Bréfritari: Þórunn Pálsdóttir
Viðtakandi: Páll Pálsson
Dagsetning: A-1866-01-28
Skrifað á: Eyjólfsstöðum  S-Múl. ?
Páll var bróðir Þórunnar

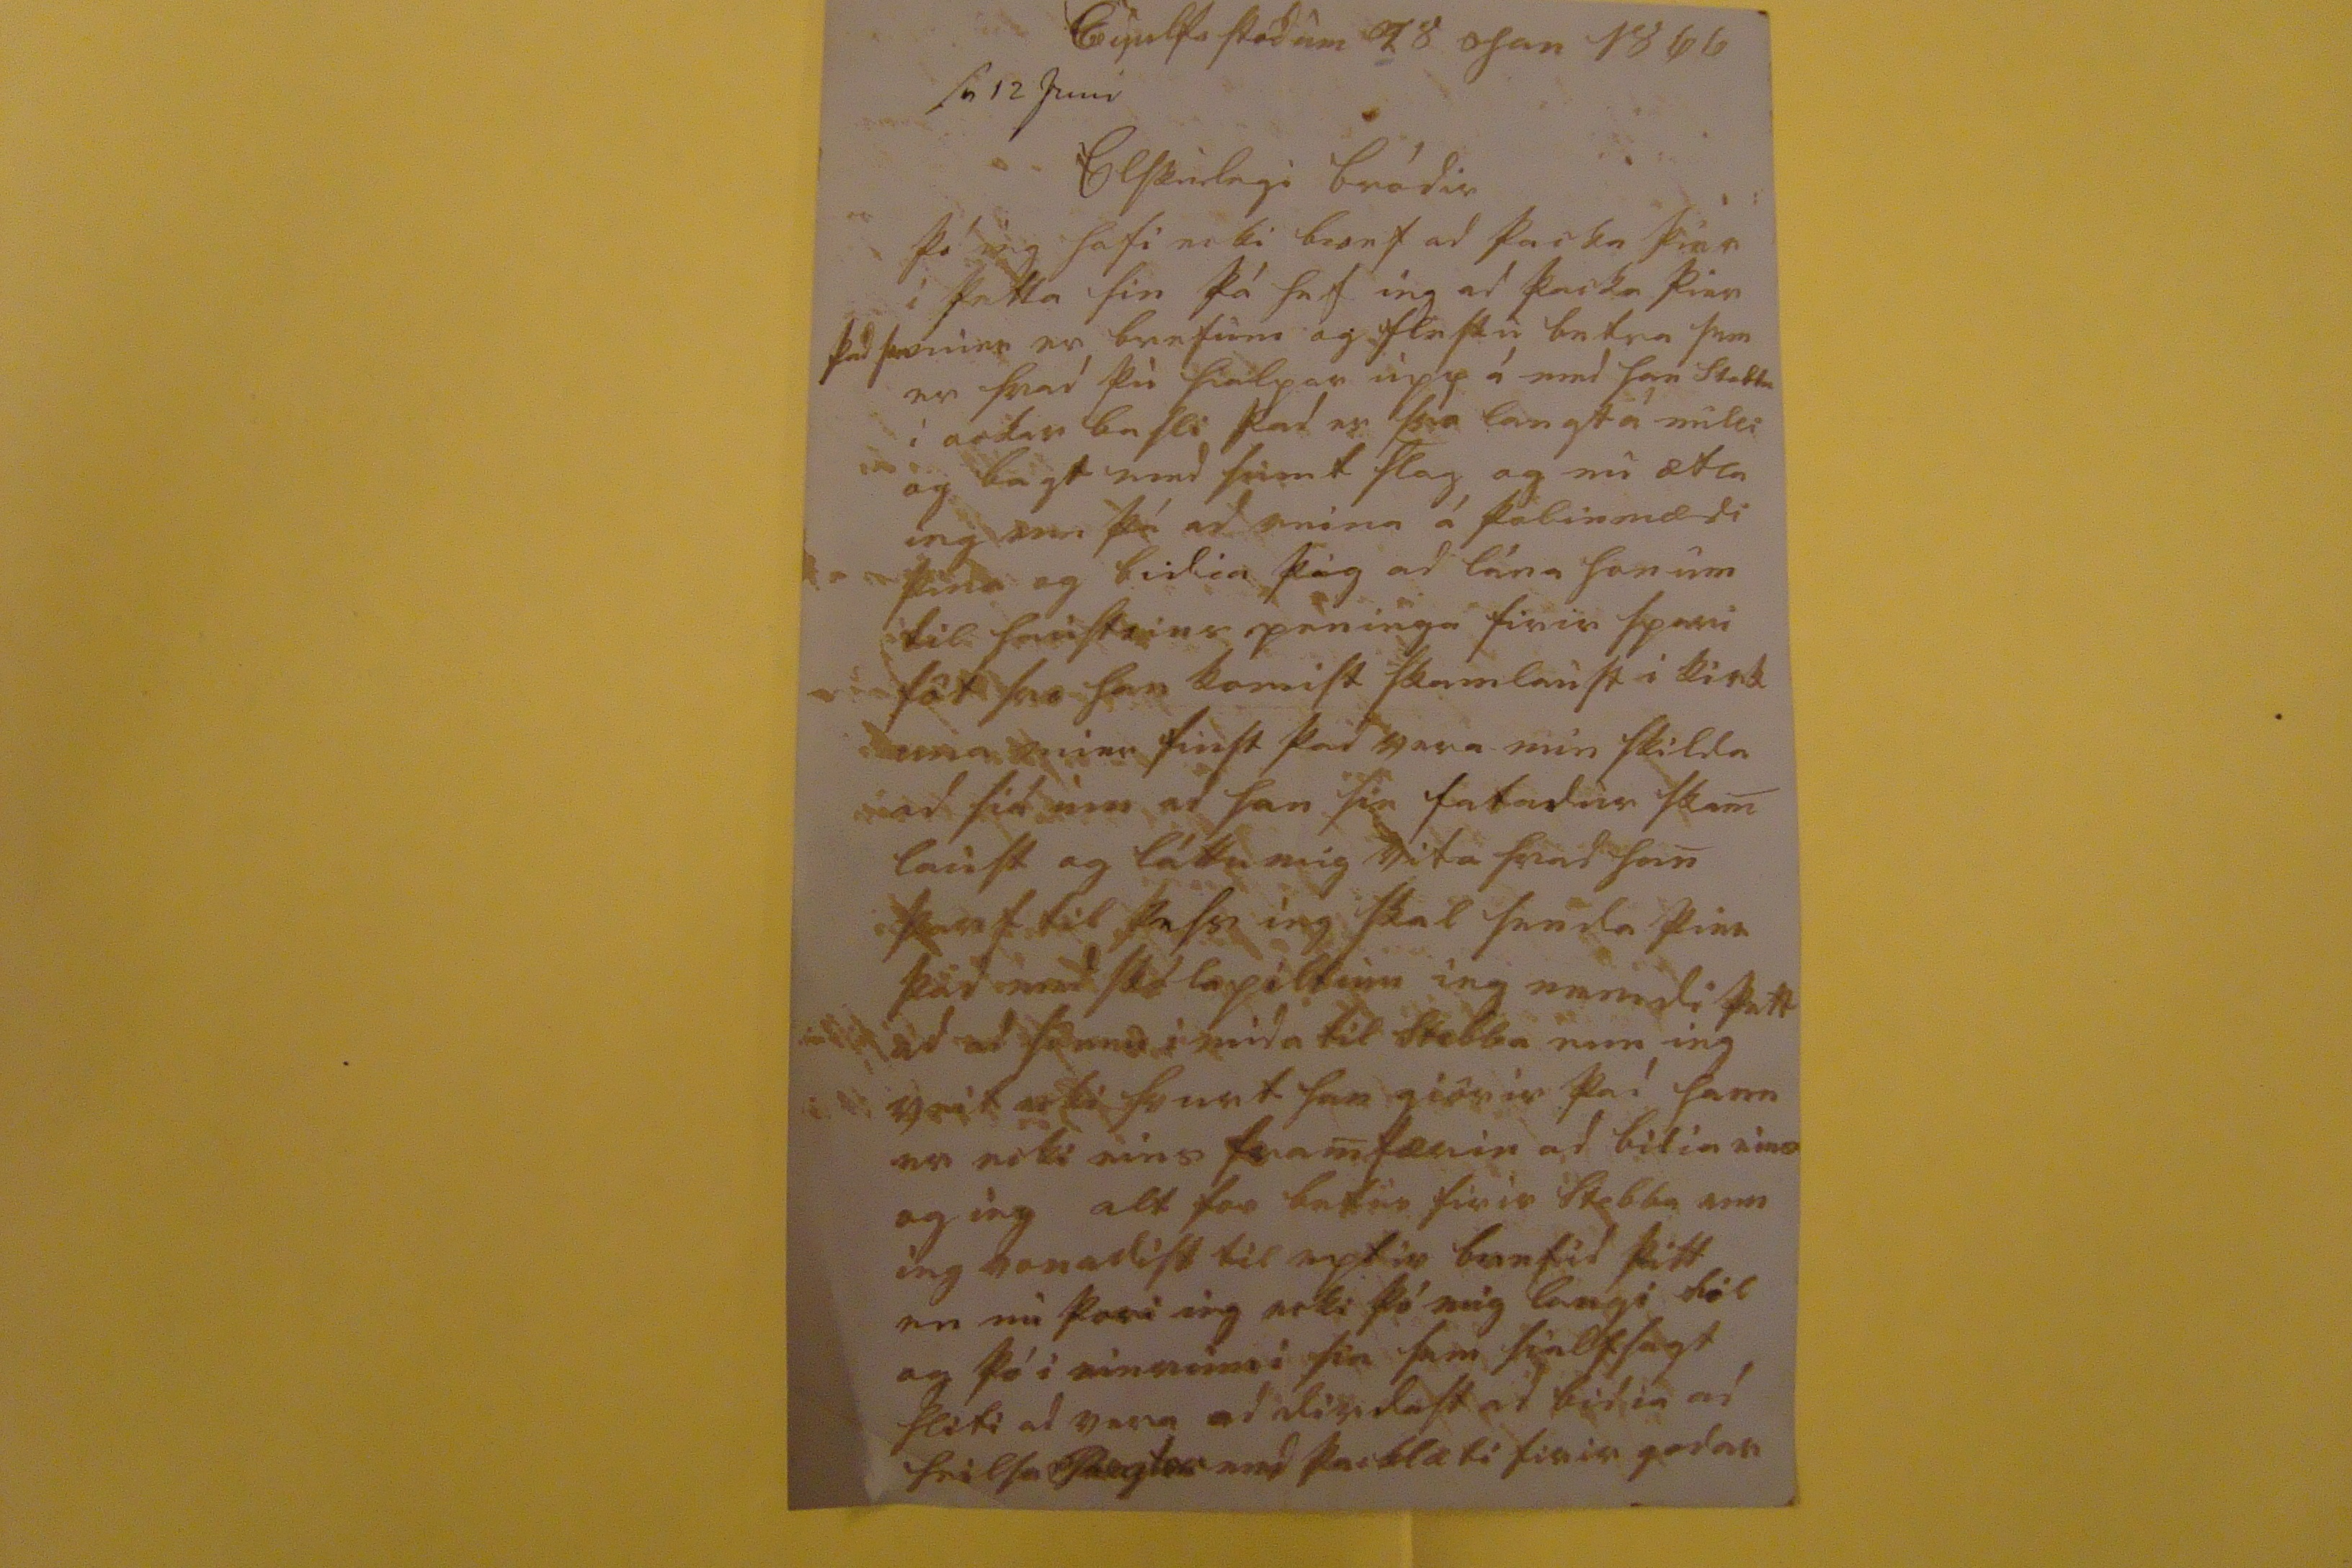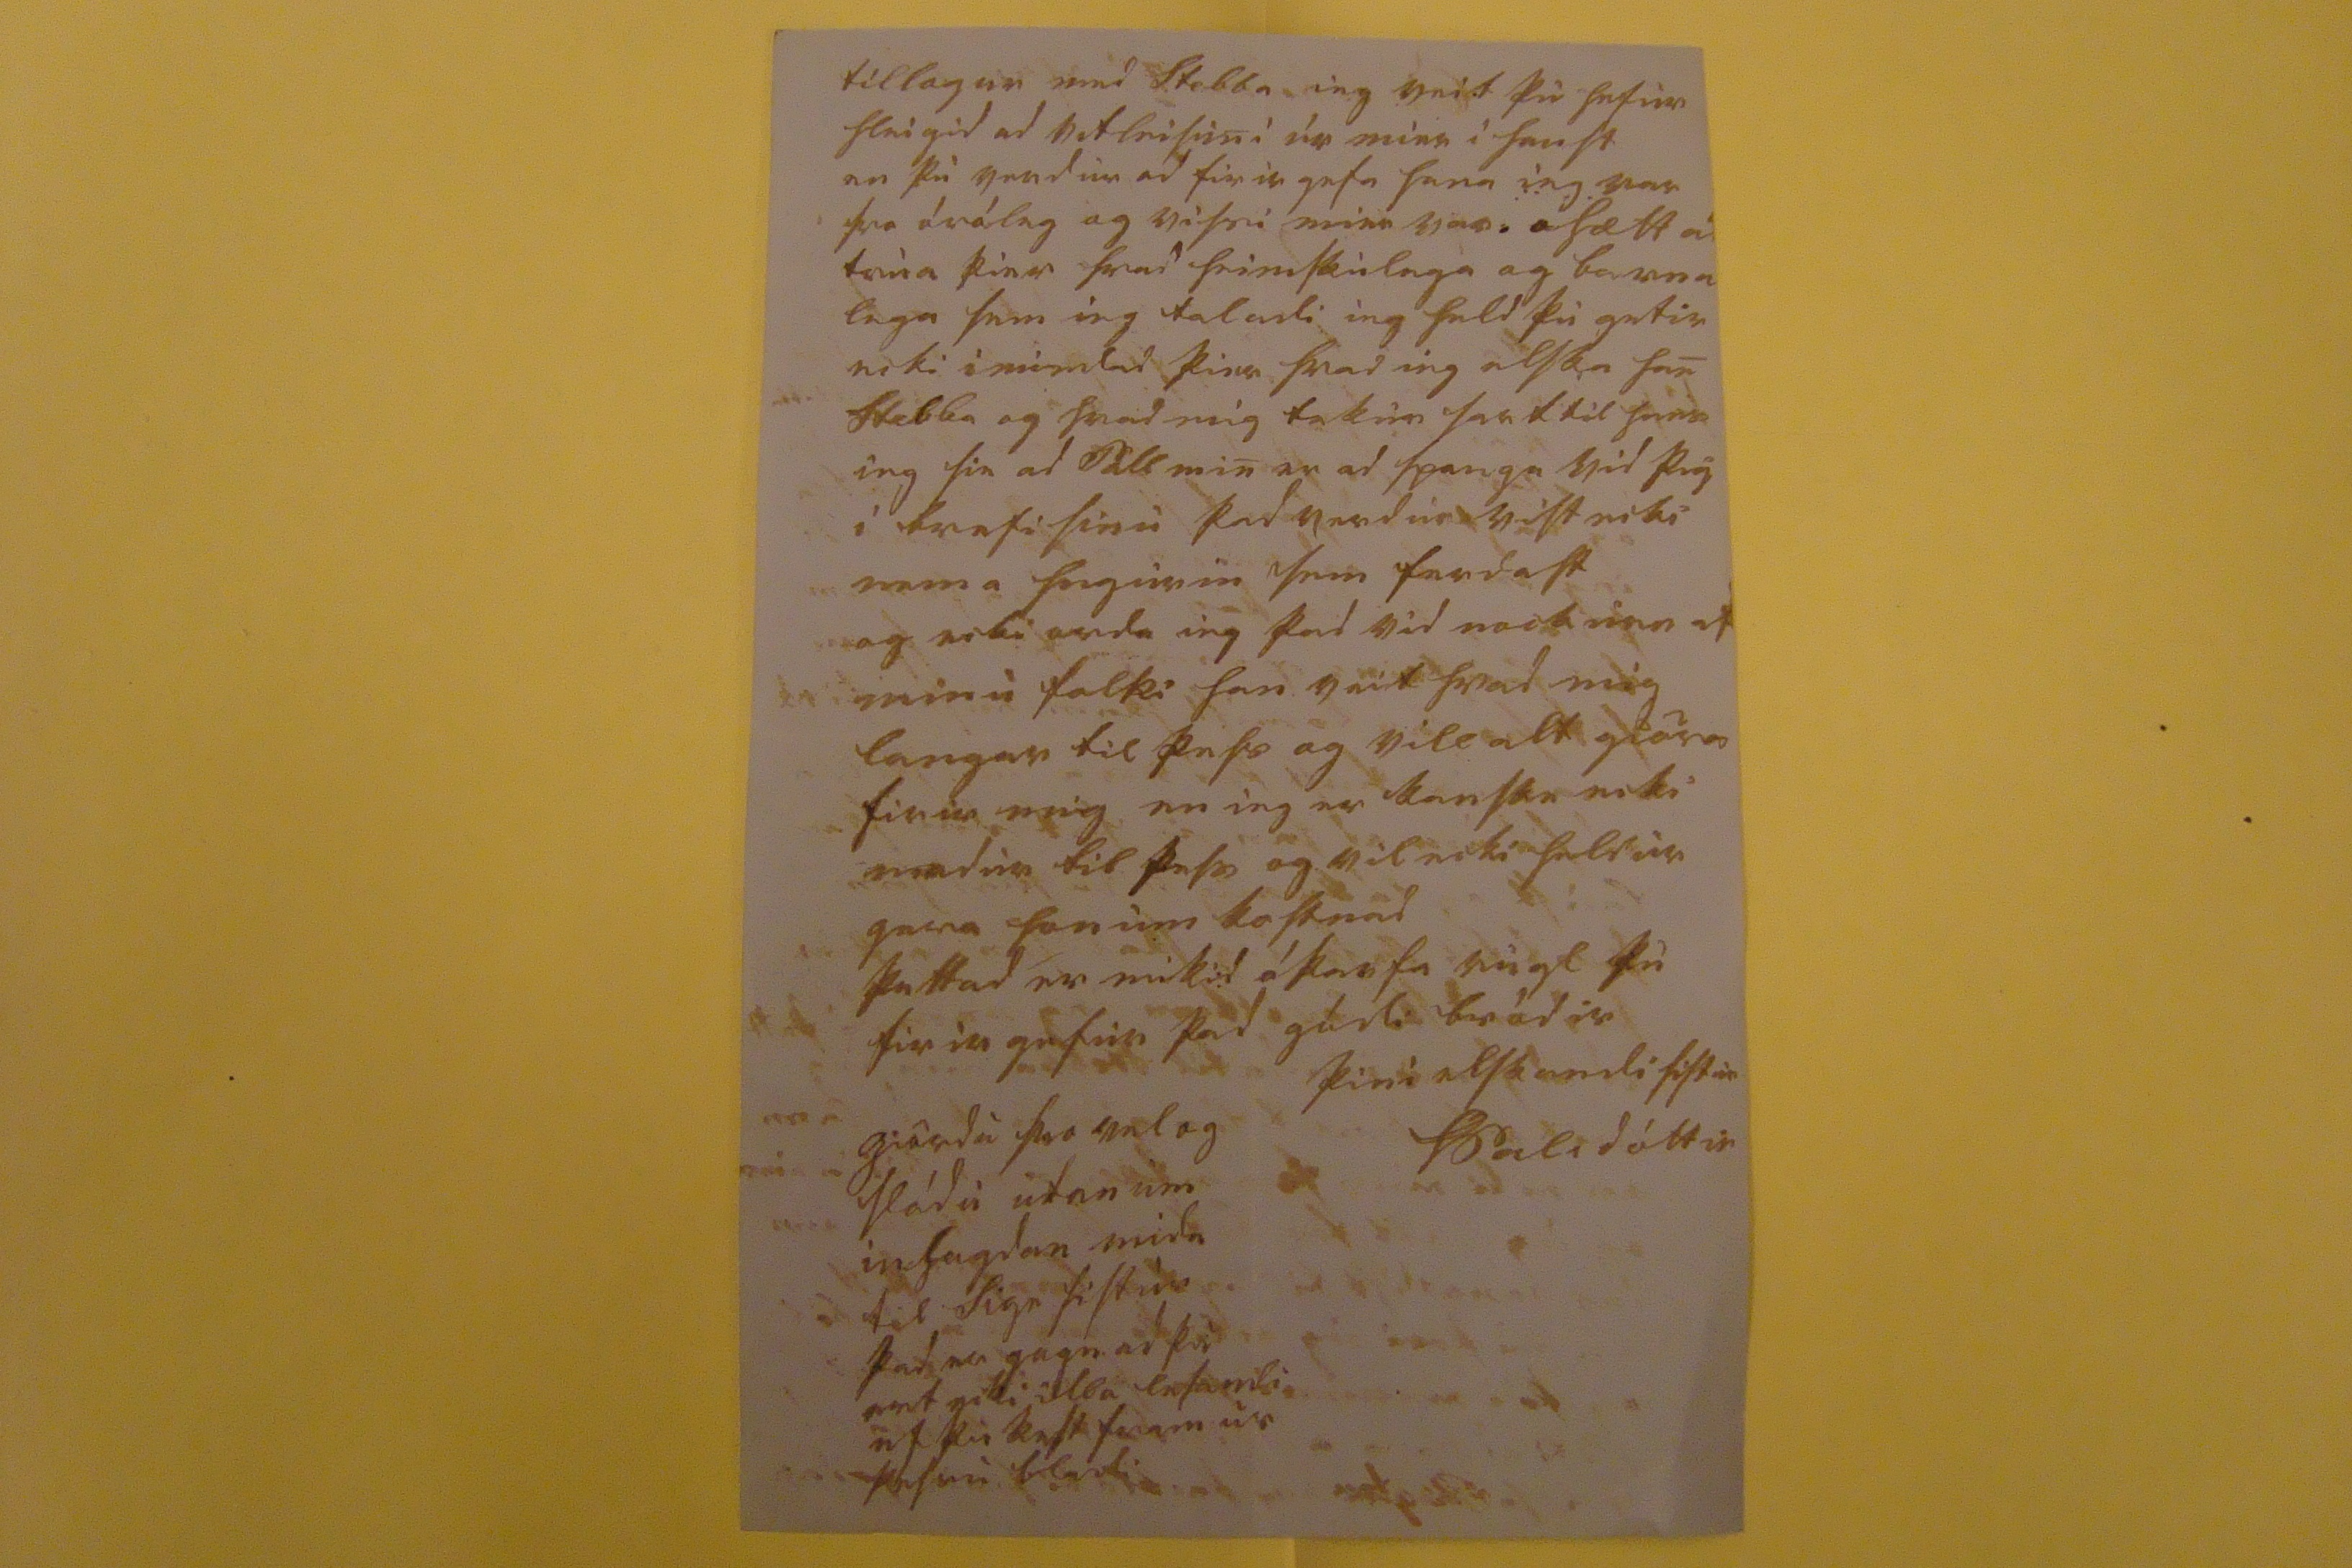

Eijulfsstödum 28 Jan 1866
s0 12 Juni
Elskulegi bródir
þó ieg hafi ecki bref ad þacka þier i þetta sin þá hef ieg ad þacka þier þad
sie
mier er brefum og flestu betra sem er hvad þu hialpar upp á med han Stebba i ockar basli þad er svo langt á milli og bagt med
sumt hla0
og nu ætla ieg enn þá ad reina á þolinmædi þina og bidia þig ad lána honum til haustsins peninga firir spari föt svo han komist skamlaust i kirk iuna mier finst þad vera min skilda ad siá um ad han sie fatadur skam laust og láttu mig vita hvad han þarf til þess ieg skal senda þier þad med
skólapiltum ieg nemdi
þett ad ad sönnu i mida til Stebba enn ieg veit ecki hvurt han giörir þad hann er ecki eins framfærin ad bidia eins og ieg alt for betur firir Stebba enn ieg vonadist til eptir brefid þitt en nu þori ieg ecki þó mig langi til og þó i einrumi sie sem sialfsagt hliti ad vera ad
dirdast
ad bidia ad heilsa
Regtor
med þacklæti firir godar
tillogur med Stebba ieg veit þu hefur hleigid ad vitleisuni ur mier i haust en þu verdur ad firir gefa hana ieg var svo óróleg og vissi mier var óhætt ad trua þier hvad heimskulega og barna lega sem ieg taladi ieg held þu getir ecki imindad þier hvad ieg elska han Stebba og hvad mig tekur sart til hans ieg sie ad Páll min er ad spauga vid þig i brefi sinu þad verdur vist ecki nema hugurin sem ferdast og ecki orda ieg þad vid nockurn af minu folki han veit hvad mig langar til þess og vill alt giöra firir mig en ieg er kanske ecki madur til þess og vil ecki heldur gera honum kostnad þettad er mikid óþarfa rugl þu firir gefur þad gódi bródir
þini elskandi sistur
Þ Palsdóttir
giördu svo vel og sládu utan um
infagdan
mida til Sigr sistur þad er gagn ad þu ert ecki illa lesandi ef þu
kest
fram ur þessu bladi